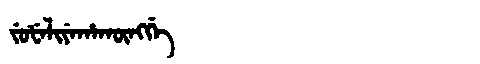
Manchu: ᠵᡠᡶᡝᠯᡳᠶᡝᡥᠠᡴᡡᠩᡤᡝ
Romanization: JUFELIYEHAKŪNGGE